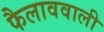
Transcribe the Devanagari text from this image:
फैलाववाली